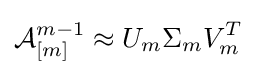
{\mathcal {A}}_{[m]}^{m-1}\approx U_{m}\Sigma _{m}V_{m}^{T}